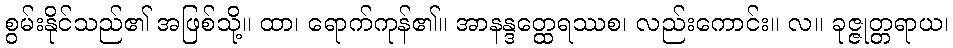
စွမ်းနိုင်သည်၏ အဖြစ်သို့။ ထာ၊ ရောက်ကုန်၏။ အာနန္ဒတ္ထေရဿစ၊ လည်းကောင်း။ လ။ ခုဇ္ဇုတ္တရာယ၊